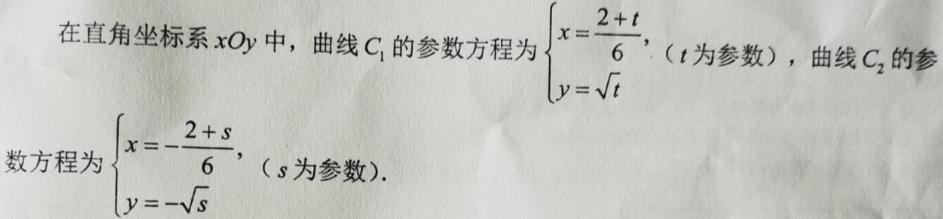
在直角坐标系$xOy$中，曲线$C_{1}$的参数方程为$\begin{cases}x = \dfrac{2 + t}{6},\\y = \sqrt{t}\end{cases}$（$t$为参数），曲线$C_{2}$的参数方程为$\begin{cases}x = -\dfrac{2 + s}{6},\\y = -\sqrt{s}\end{cases}$（$s$为参数）.